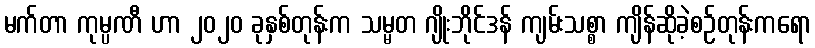
မက်တာ ကုမ္ပဏီ ဟာ ၂၀၂၀ ခုနှစ်တုန်းက သမ္မတ ဂျိုးဘိုင်ဒန် ကျမ်းသစ္စာ ကျိန်ဆိုခဲ့စဉ်တုန်းကရော